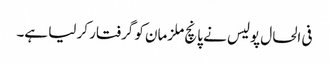
فی الحال پولیس نے پانچ ملزمان کو گرفتار کر لیا ہے۔